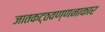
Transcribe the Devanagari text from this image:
जातकट्ठवण्णनाकार